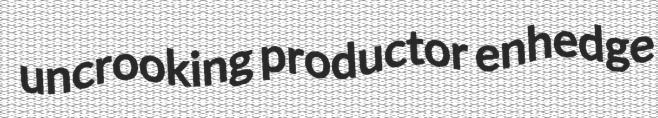
uncrooking productor enhedge